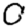
Digit: 0